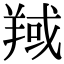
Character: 𦎘